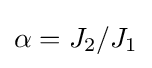
\alpha =J_{2}/J_{1}